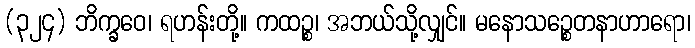
(၃၂၄) ဘိက္ခဝေ၊ ရဟန်းတို့။ ကထဉ္စ၊ အဘယ်သို့လျှင်။ မနောသဉ္စေတနာဟာရော၊